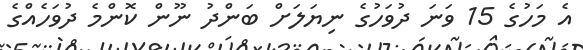
އެ މަހުގެ 15 ވަނަ ދުވަހުގެ ނިޔަލަށް ބަންދު ނޫން ކޮންމެ ދުވަހެއްގެ